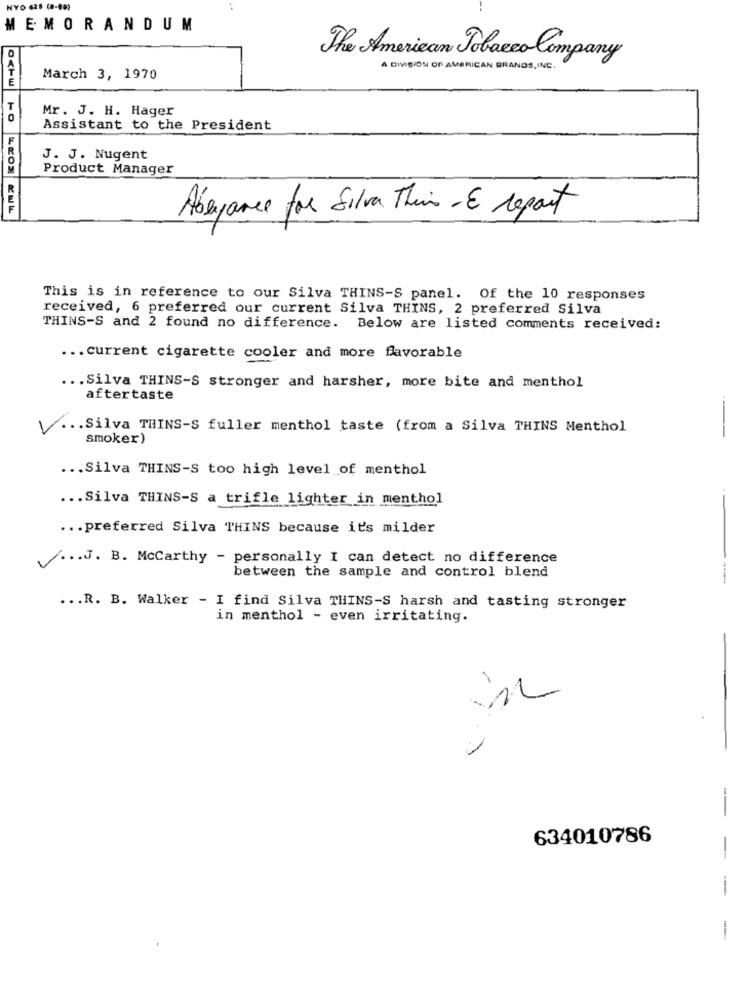
HYO 625 (D-89)
MEMORANDUM
The American Tobacco Company
A DIVISION OF AMERICAN BRANDS, INC.
E
March 3, 1970
T
Mr. J. H. Hager
Assistant to the President
J. J. Nugent
Product Manager
Abeyance for Silva Their - E report
This is in reference to our Silva THINS-S panel. Of the 10 responses
received, 6 preferred our current Silva THINS, 2 preferred Silva
THINS-S and 2 found no difference. Below are listed comments received:
... current cigarette cooler and more favorable
... Silva THINS-S stronger and harsher, more bite and menthol
aftertaste
... Silva THINS-S fuller menthol taste (from a Silva THINS Menthol
smoker)
---
... Silva THINS-S too high level of menthol
... Silva THINS-S a trifle lighter in menthol
... preferred Silva THINS because it's milder
/ ... J. B. Mccarthy - personally I can detect no difference
between the sample and control blend
----
... R. B. Walker - I find Silva THINS-S harsh and tasting stronger
in menthol - even irritating.
-
-
634010786
-
-
-